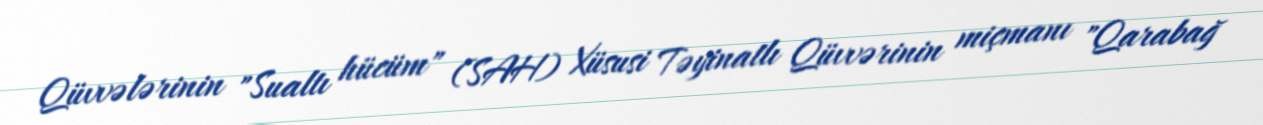
Qüvvələrinin "Sualtı hücüm" (SAH) Xüsusi Təyinatlı Qüvvərinin miçmanı "Qarabağ